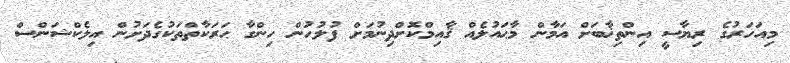
މިއަހަރުގެ ރިޔާސީ އިންތިޚާބަށް އަމާން މާޙައުލެއް ޤާއިމްކޮށްދިނުމަށް ފުލުހުން ހިންގާ ޙަރަކާތްތަކުގެދަށުން އިލެކްޝަންސް